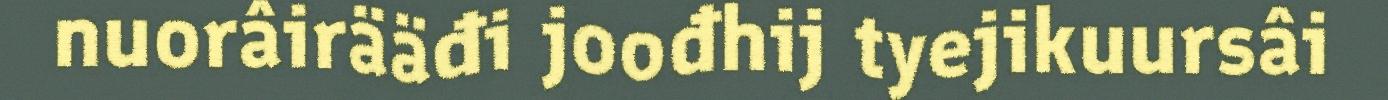
nuorâirääđi joođhij tyejikuursâi